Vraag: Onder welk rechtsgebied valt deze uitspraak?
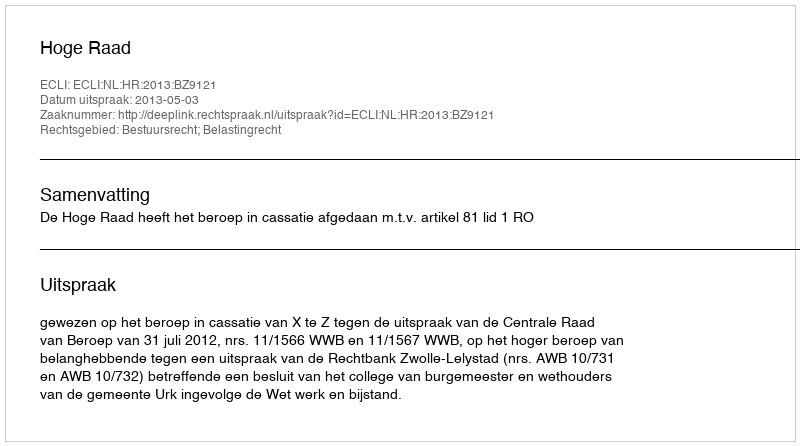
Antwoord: Bestuursrecht; Belastingrecht